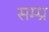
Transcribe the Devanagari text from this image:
सम्प्र